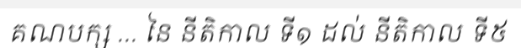
គណបក្ស ... នៃ នីតិកាល ទី១ ដល់ នីតិកាល ទី៥